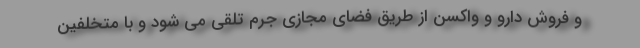
و فروش دارو و واکسن از طریق فضای مجازی جرم تلقی می شود و با متخلفین